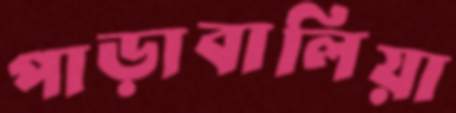
পাড়াবালিয়া